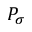
P _ { \sigma }